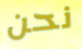
نحن